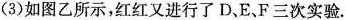
（3）如图乙所示，红红又进行了D、E、F三次实验.